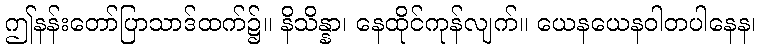
ဤနန်းတော်ပြာသာဒ်ထက်၌။ နိသိန္နာ၊ နေထိုင်ကုန်လျက်။ ယေနယေနဝါတပါနေန၊